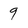
Character: 9